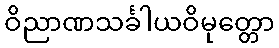
ဝိညာဏသင်္ခါယဝိမုတ္တော